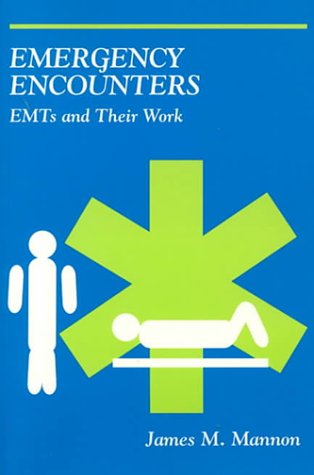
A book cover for Emergency Encounters: EMTs and Their Work; James M. Mannon; Medical Books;